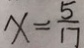
x = \frac { 5 } { 1 7 }